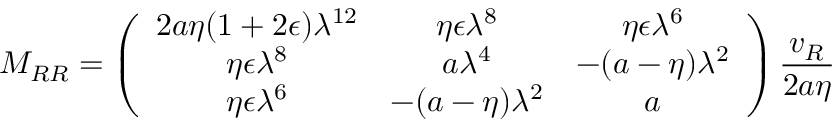
M _ { R R } = \left( \begin{array} { c c c } { { 2 a \eta ( 1 + 2 \epsilon ) \lambda ^ { 1 2 } } } & { { \eta \epsilon \lambda ^ { 8 } } } & { { \eta \epsilon \lambda ^ { 6 } } } \\ { { \eta \epsilon \lambda ^ { 8 } } } & { { a \lambda ^ { 4 } } } & { { - ( a - \eta ) \lambda ^ { 2 } } } \\ { { \eta \epsilon \lambda ^ { 6 } } } & { { - ( a - \eta ) \lambda ^ { 2 } } } & { { a } } \end{array} \right) \frac { v _ { R } } { 2 a \eta }